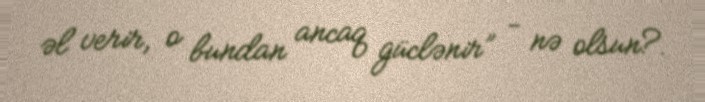
əl verir, o bundan ancaq güclənir” - nə olsun?.